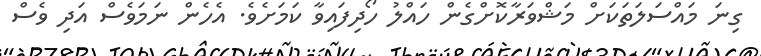
ގިނަ މައްސަލަތަކަށް މަޝްވަރާކޮށްގެން ހައްލު ހޯދިފައިވާ ކަމަށެވެ. އެހެން ނަމަވެސް އަދި ވެސް